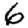
Digit: 6